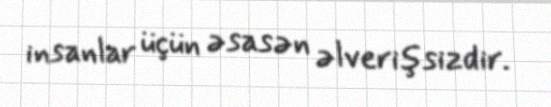
insanlar üçün əsasən əlverişsizdir.